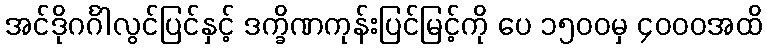
အင်ဒိုဂင်္ဂါလွင်ပြင်နှင့် ဒက္ခိဏကုန်းပြင်မြင့်ကို ပေ ၁၅၀၀မှ ၄၀၀၀အထိ